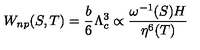
W _ { n p } ( S , T ) = \frac { b } { 6 } \Lambda _ { c } ^ { 3 } \propto \frac { \omega ^ { - 1 } ( S ) H } { \eta ^ { 6 } ( T ) }